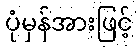
ပုံမှန်အားဖြင့်